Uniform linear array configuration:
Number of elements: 16
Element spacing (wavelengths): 1
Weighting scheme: exponential
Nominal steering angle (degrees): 60
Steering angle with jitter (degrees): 61.756
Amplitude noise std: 0.05
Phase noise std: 0.05

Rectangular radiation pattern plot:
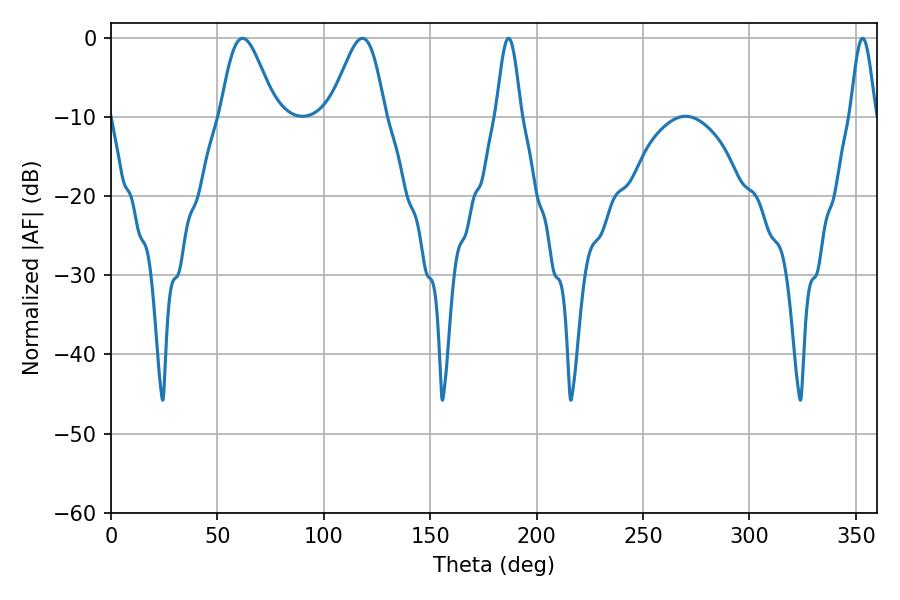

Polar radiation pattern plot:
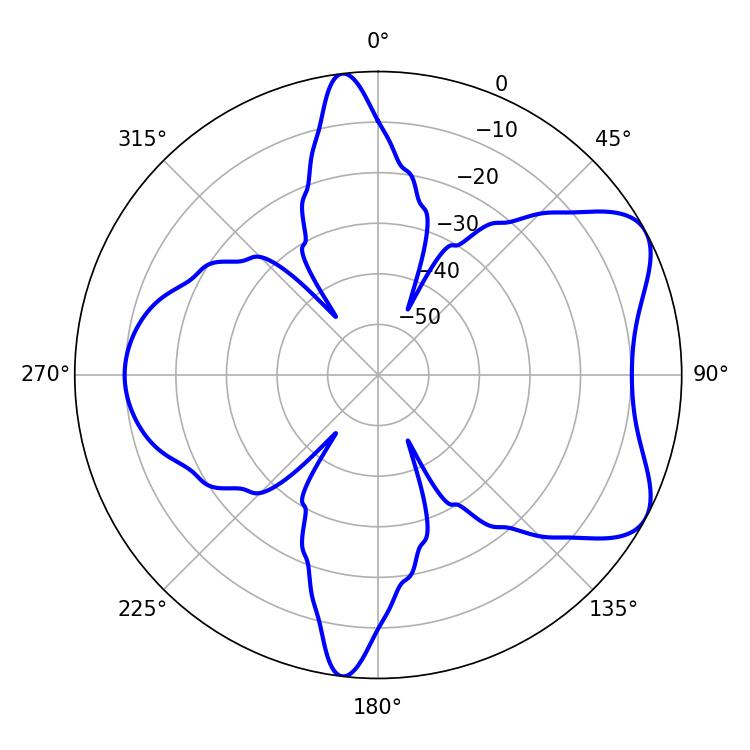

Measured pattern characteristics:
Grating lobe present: TRUE
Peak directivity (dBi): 6.611
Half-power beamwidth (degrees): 6.12
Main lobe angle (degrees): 186.84